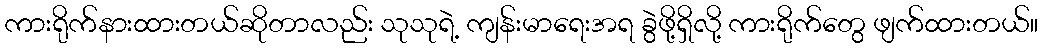
ကားရိုက်နားထားတယ်ဆိုတာလည်း သုသုရဲ့ ကျန်းမာရေးအရ ခွဲဖို့ရှိလို့ ကားရိုက်တွေ ဖျက်ထားတယ်။